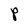
Character: P